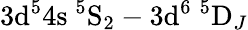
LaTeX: \mathrm{3d^{5}4s\ ^{5}S_{2}}-\mathrm{3d^{6}\ ^{5}D}_{J}